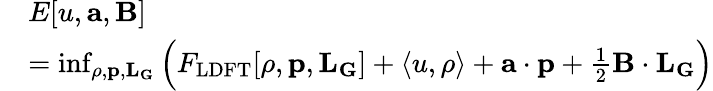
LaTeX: \begin{array}{rl}&{E[u,\mathbf{a},\mathbf{B}]}\\ &{=\operatorname*{inf}_{\rho,\mathbf{p},\mathbf{L}_{\mathbf{G}}}\Big(F_{\mathrm{LDFT}}[\rho,\mathbf{p},\mathbf{L}_{\mathbf{G}}]+\langle u,\rho\rangle+\mathbf{a}\cdot\mathbf{p}+\frac{1}{2}\mathbf{B}\cdot\mathbf{L}_{\mathbf{G}}\Big)}\end{array}